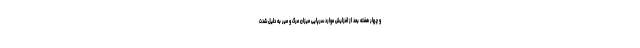
و چهار هفته بعد از افزایش موارد سرپایی میزان مرگ و میر به دلیل شدت